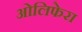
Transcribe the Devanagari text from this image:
ओलिफेरा